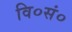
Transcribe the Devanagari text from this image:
वि०सं०